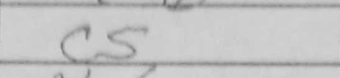
Transcription: c5